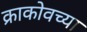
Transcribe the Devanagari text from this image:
क्राकोवच्या